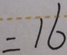
= 1 6